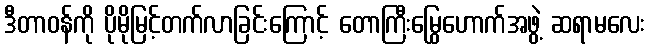
ဒီတာဝန်ကို ပိုမိုမြင့်တက်လာခြင်းကြောင့် တောကြီးမြွေဟောက်အဖွဲ့ ဆရာမလေး